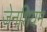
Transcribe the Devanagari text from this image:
जेनशियम